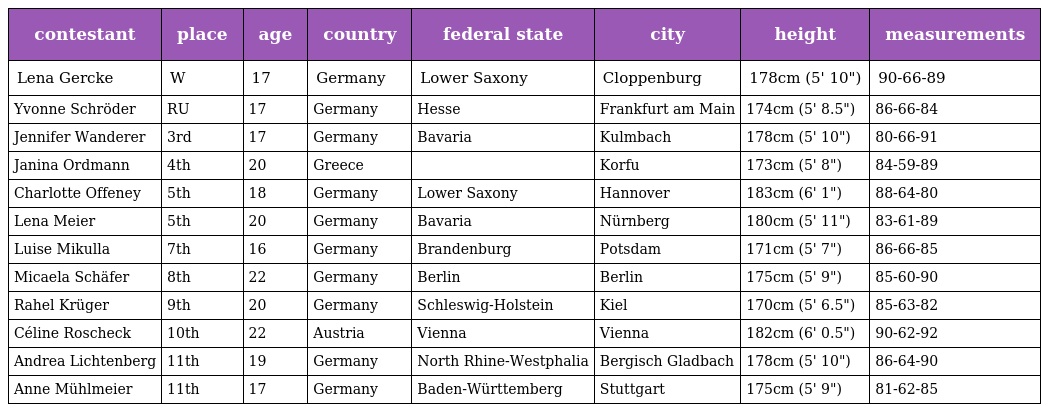
| contestant | place | age | country | federal state | city | height | measurements |
 | --- | --- | --- | --- | --- | --- | --- | --- |
 | Lena Gercke | W | 17 | Germany | Lower Saxony | Cloppenburg | 178cm (5' 10") | 90-66-89 |
 | Yvonne Schröder | RU | 17 | Germany | Hesse | Frankfurt am Main | 174cm (5' 8.5") | 86-66-84 |
 | Jennifer Wanderer | 3rd | 17 | Germany | Bavaria | Kulmbach | 178cm (5' 10") | 80-66-91 |
 | Janina Ordmann | 4th | 20 | Greece |  | Korfu | 173cm (5' 8") | 84-59-89 |
 | Charlotte Offeney | 5th | 18 | Germany | Lower Saxony | Hannover | 183cm (6' 1") | 88-64-80 |
 | Lena Meier | 5th | 20 | Germany | Bavaria | Nürnberg | 180cm (5' 11") | 83-61-89 |
 | Luise Mikulla | 7th | 16 | Germany | Brandenburg | Potsdam | 171cm (5' 7") | 86-66-85 |
 | Micaela Schäfer | 8th | 22 | Germany | Berlin | Berlin | 175cm (5' 9") | 85-60-90 |
 | Rahel Krüger | 9th | 20 | Germany | Schleswig-Holstein | Kiel | 170cm (5' 6.5") | 85-63-82 |
 | Céline Roscheck | 10th | 22 | Austria | Vienna | Vienna | 182cm (6' 0.5") | 90-62-92 |
 | Andrea Lichtenberg | 11th | 19 | Germany | North Rhine-Westphalia | Bergisch Gladbach | 178cm (5' 10") | 86-64-90 |
 | Anne Mühlmeier | 11th | 17 | Germany | Baden-Württemberg | Stuttgart | 175cm (5' 9") | 81-62-85 |